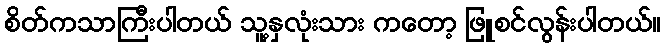
စိတ်ကသာကြီးပါတယ် သူ့နှလုံးသား ကတော့ ဖြူစင်လွန်းပါတယ်။